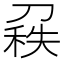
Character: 𠞠